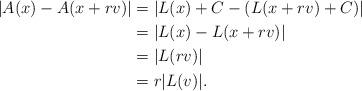
LaTeX: \begin{align*}|A(x)-A(x+rv)|&=|L(x)+C-(L(x+rv)+C)|\\&=|L(x)-L(x+rv)|\\&=|L(rv)|\\&=r|L(v)|.\end{align*}